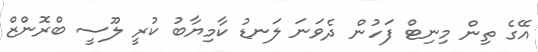
އޭގެ ތިން މިނިޓް ފަހުން ދެވަނަ ލަނޑު ކާމިޔާބު ކުރީ ލޫސީ ބްރޮންޒް